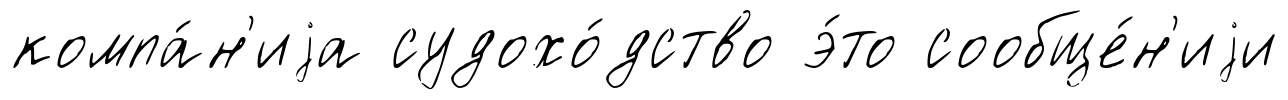
компа́н'иjа судохо́дство э́то сообще́н'иjи